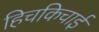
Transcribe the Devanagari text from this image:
हिचकिचाईं